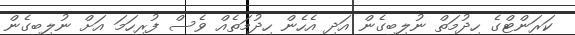
ކަރަންޓްގެ ހިދުމަތް ނުލިބިގެން އަދި އެހެން ހިދުމަތެއް ވެސް ފުރިހަމަ އަށް ނުލިބިގެން